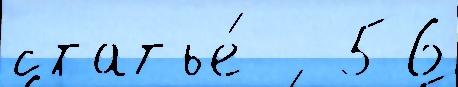
статье́   56